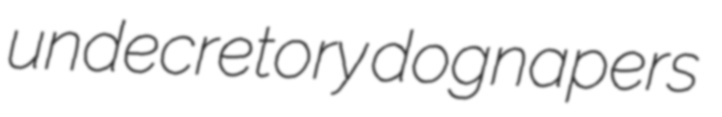
undecretory dognapers